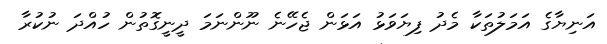
އަނިޔާގެ އަމަލުތަކާ މެދު ފިޔަވަޅު އަޅަން ޖެހޭނެ ނޫންނަމަ ދީނީގޮތުން ހުއްދަ ނުކުރާ